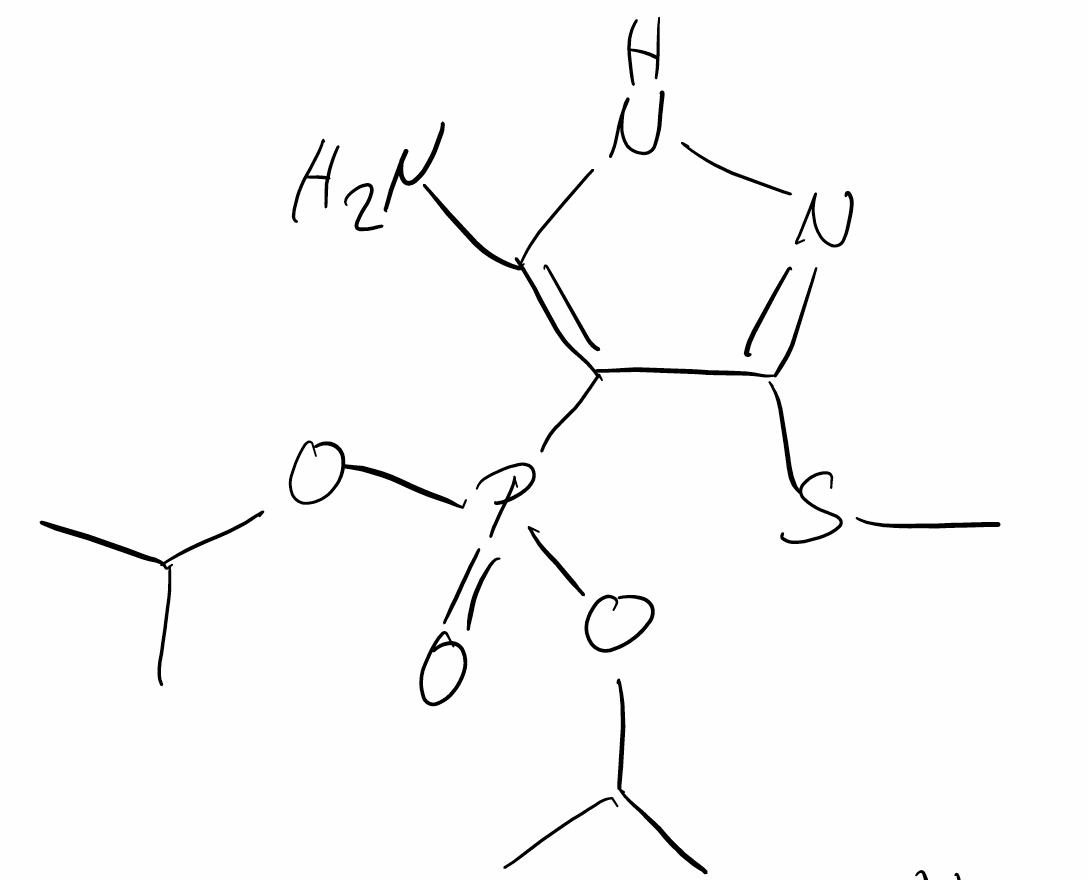
Simplified molecular-input line-entry system (SMILES) notation of the given molecule:
CC(C)OP(=O)(C1=C(NN=C1SC)N)OC(C)C